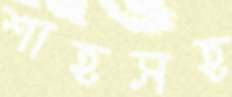
শাহসহ